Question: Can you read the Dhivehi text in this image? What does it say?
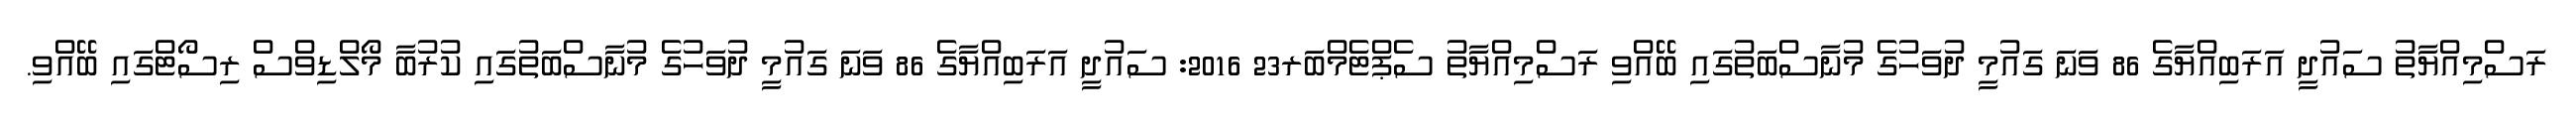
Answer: ރަސްމިއްޔާތު ސައުދީ އަރަބިއްޔާގެ 86 ވަނަ ގައުމީ ދުވަހުގެ މުނާސްބަތުގައި ބޭއްވި ރަސްމިއްޔާތު ސެޕްޓެމްބަރ23 2016: ސައުދީ އަރަބިއްޔާގެ 86 ވަނަ ގައުމީ ދުވަހުގެ މުނާސްބަތުގައި ކުރުބާ މޯލްޑިވްސް ރިސޯޓްގައި ބޭއްވި.